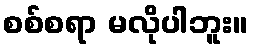
စစ်စရာ မလိုပါဘူး။